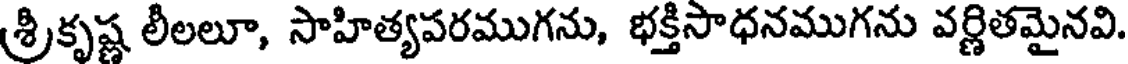
శ్రీకృష్ణ లీలలూ, సాహిత్యపరముగను, భక్తిసాధనముగను వర్ణితమైనవి